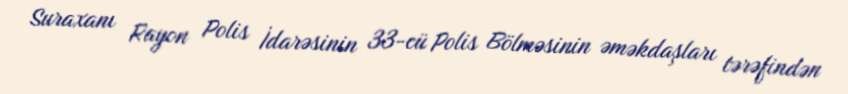
Suraxanı Rayon Polis İdarəsinin 33-cü Polis Bölməsinin əməkdaşları tərəfindən